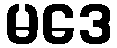
မဒေ